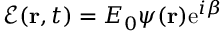
\mathcal { E } ( { \bf r } , t ) = E _ { 0 } \psi ( { \bf r } ) \mathrm { e } ^ { i \beta }